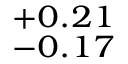
^ { + 0 . 2 1 } _ { - 0 . 1 7 }